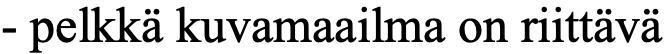
- pelkkä kuvamaailma on riittävä